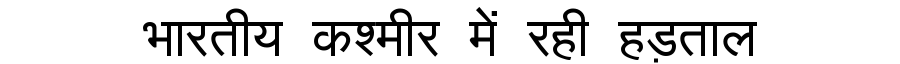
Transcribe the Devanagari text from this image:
भारतीय कश्मीर में रही हड़ताल